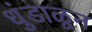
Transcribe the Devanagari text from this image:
धुंडाळून